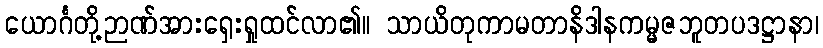
ယောင်္ဂတို့ဉာဏ်အားရှေးရှုထင်လာ၏။ သာယိတုကာမတာနိဒါနကမ္မဇဘူတပဒဋ္ဌာနာ၊